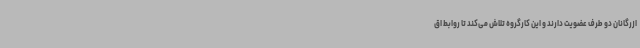
ازرگانان دو طرف عضویت دارند و این کارگروه تلاش می‌کند تا روابط اق